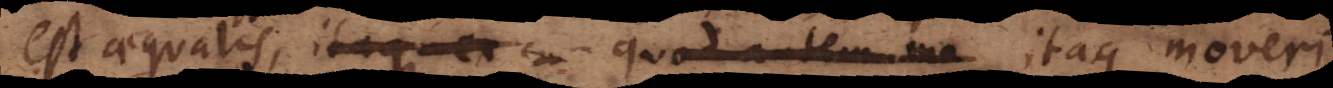
est aequalis, itaque ex quod autem mo itaque moveri